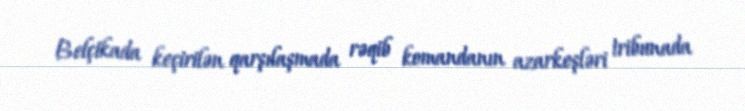
Belçikada keçirilən qarşılaşmada rəqib komandanın azarkeşləri tribunada